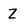
Character: z